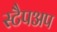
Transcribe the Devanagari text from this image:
स्टैपअप